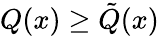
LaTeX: Q(x)\geq{\tilde{Q}}(x)